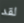
لقد